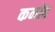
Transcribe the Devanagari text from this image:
कनोह